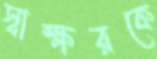
স্বাক্ষরকে